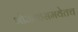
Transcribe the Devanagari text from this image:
भोजनासमवेतच